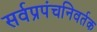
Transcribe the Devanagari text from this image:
सर्वप्रपंचनिवर्तक